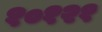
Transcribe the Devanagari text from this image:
१०१२१